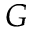
G